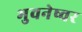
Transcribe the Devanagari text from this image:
भुवनेष्वर